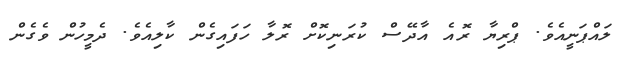
ލައްޕަނީއެވެ. ޕްރިޔާ ރޮއެ އާދޭސް ކުރަނިކޮށް ރޮލާ ހަފައިގެން ކާލިއެވެ. ދެމީހުން ވެގެން